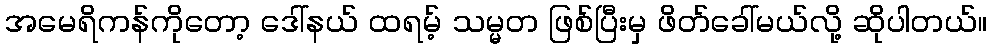
အမေရိကန်ကိုတော့ ဒေါ်နယ် ထရမ့် သမ္မတ ဖြစ်ပြီးမှ ဖိတ်ခေါ်မယ်လို့ ဆိုပါတယ်။